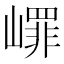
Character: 嶵